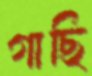
গাছি